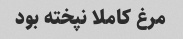
مرغ کاملا نپخته بود